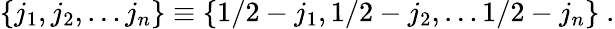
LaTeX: \{ j_{1},j_{2},\dots j_{n}\} \equiv\{ 1/2-j_{1},1/2-j_{2},\dots 1/2-j_{n}\} \ .